Civil Veterinary Dept. Bombay admin report 1893-99 - 1893-1899
Year: 1893
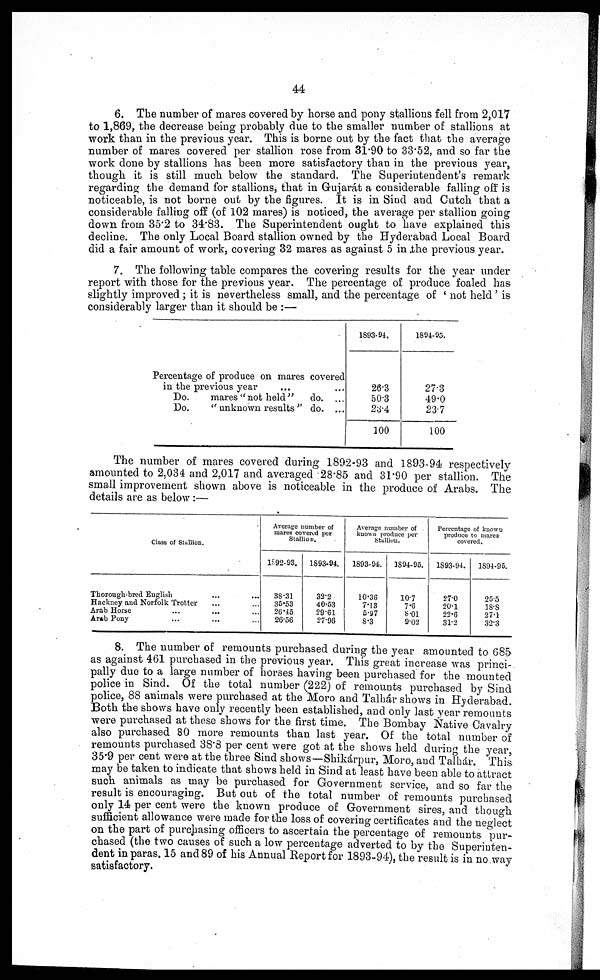
44
6. The number of mares covered by horse and pony stallions fell from 2,017
to 1,869, the decrease being probably due to the smaller number of stallions at
work than in the previous year. This is borne out by the fact that the average
number of mares covered per stallion rose from 31.90 to 33.52, and so far the
work done by stallions has been more satisfactory than in the previous year,
though it is still much below the standard. The Superintendent's remark
regarding the demand for stallions, that in Gujarat a considerable falling off is
noticeable, is not borne out by the figures. It is in Sind and Cutch that a
considerable falling off (of 102 mares) is noticed, the average per stallion going
down from 35.2 to 34.83. The Superintendent ought to have explained this
decline. The only Local Board stallion owned by the Hyderabad Local Board
did a fair amount of work, covering 32 mares as against 5 in the previous year.
7. The following table compares the covering results for the year under
report with those for the previous year. The percentage of produce foaled has
slightly improved ; it is nevertheless small, and the percentage of ' not held ' is
considerably larger than it should be :—
Percentage of produce on mares covered
in the previous year … …
Do.
mares " not held "
do. …
Do.
" unknown results " do. ...
1893-94.
26.3
50.3
23.4
100
1894-95.
27.3
49.0
23.7
100
The number of mares covered during 1892-93 and 1893-94 respectively
amounted to 2,034 and 2,017 and averaged 28.85 and 31.90 per stallion. The
small improvement shown above is noticeable in the produce of Arabs. The
details are as below :—
Class of Stallion.
Thorough-bred English … …
Hackney and Norfolk Trotter … …
Arab Horse … … …
Arab Pony … … …
Average number of
mares covered per
Stallion.
1892-93.
38.31
35.53
26.45
26.56
1893-94.
32.2
40.53
29.61
27.96
Average number of
known produce per
Stallion.
1893-94.
10.36
7.13
5.97
8.3
1894-95.
10.7
7.6
8.01
9.02
Percentage of known
produce to mares
covered .
1893-94.
27.0
20.1
22.6
31.2
1894-95.
25.5
18.8
27.1
32.3
8. The number of remounts purchased during the year amounted to 685
as against 461 purchased in the previous year. This great increase was princi-
pally due to a large number of horses having been purchased for the mounted
police in Sind. Of the total number (222) of remounts purchased by Sind
police, 88 animals were purchased at the Moro and Talhar shows in Hyderabad
Both the shows have only recently been established, and only last year remounts
were purchased at these shows for the first time. The Bombay Native Cavalry
also purchased 80 more remounts than last year. Of the total number of
remounts purchased 38.8 per cent were got at the shows held during the year,
35.9 per cent were at the three Sind shows—Shikárpur, Moro, and Talhár This
may be taken to indicate that shows held in Sind at least have been able to attract
such animals as may be purchased for Government service, and so far the
result is encouraging. But out of the total number of remounts purchased
only 14 per cent were the known produce of Government sires, and though
sufficient allowance were made for the loss of covering certificates and the neglect
on the part of purchasing officers to ascertain the percentage of remounts pur-
chased (the two causes of such a low percentage adverted to by the Superinten-
dent in paras. 15 and 89 of his Annual Report for 1893-94), the result is in no way
satisfactory.